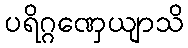
ပရိဂ္ဂဏှေယျာသိ